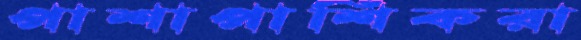
পাশাপাশিকরা